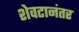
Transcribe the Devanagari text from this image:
शेवटानंतर